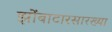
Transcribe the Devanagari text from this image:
झोंबाटारसारख्या